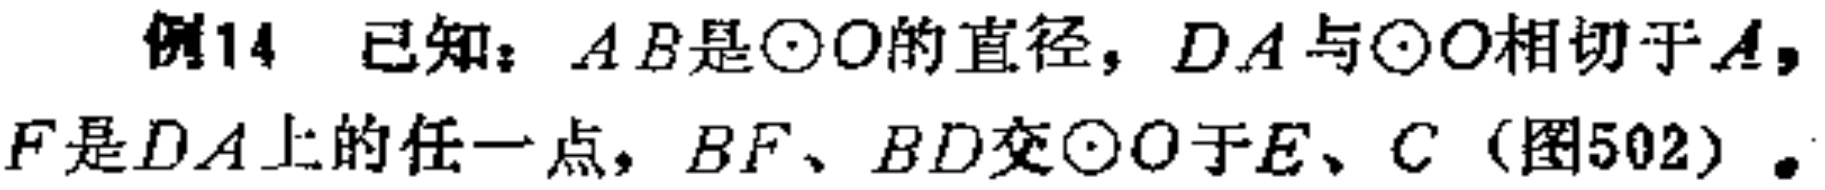
例14 已知：$AB$是$\odot O$的直径，$DA$与$\odot O$相切于$A$，$F$是$DA$上的任一点，$BF$、$BD$交$\odot O$于$E$、$C$（图502）。